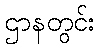
ဌာနတွင်း